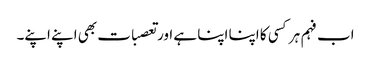
اب فہم ہر کسی کا اپنا اپنا ہے اور تعصبات بھی اپنے اپنے۔